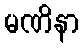
မဏိနာ